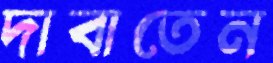
দাবাতেন